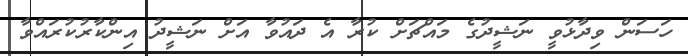
ހަސަން ވިދާޅުވީ ނަޝީދުގެ މައްޗަށް ކުރާ އެ ދައުވާ އަށް ނަޝީދު އިންކާރުކުރައްވާ